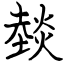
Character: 燅